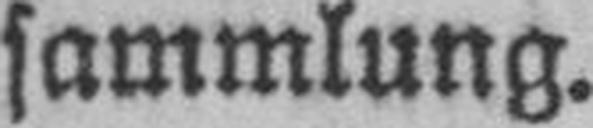
sammlung.